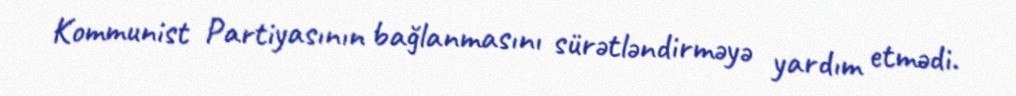
Kommunist Partiyasının bağlanmasını sürətləndirməyə yardım etmədi.